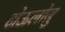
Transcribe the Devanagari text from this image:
टोऊलोज़ु